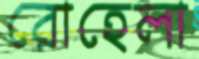
রোহেলা